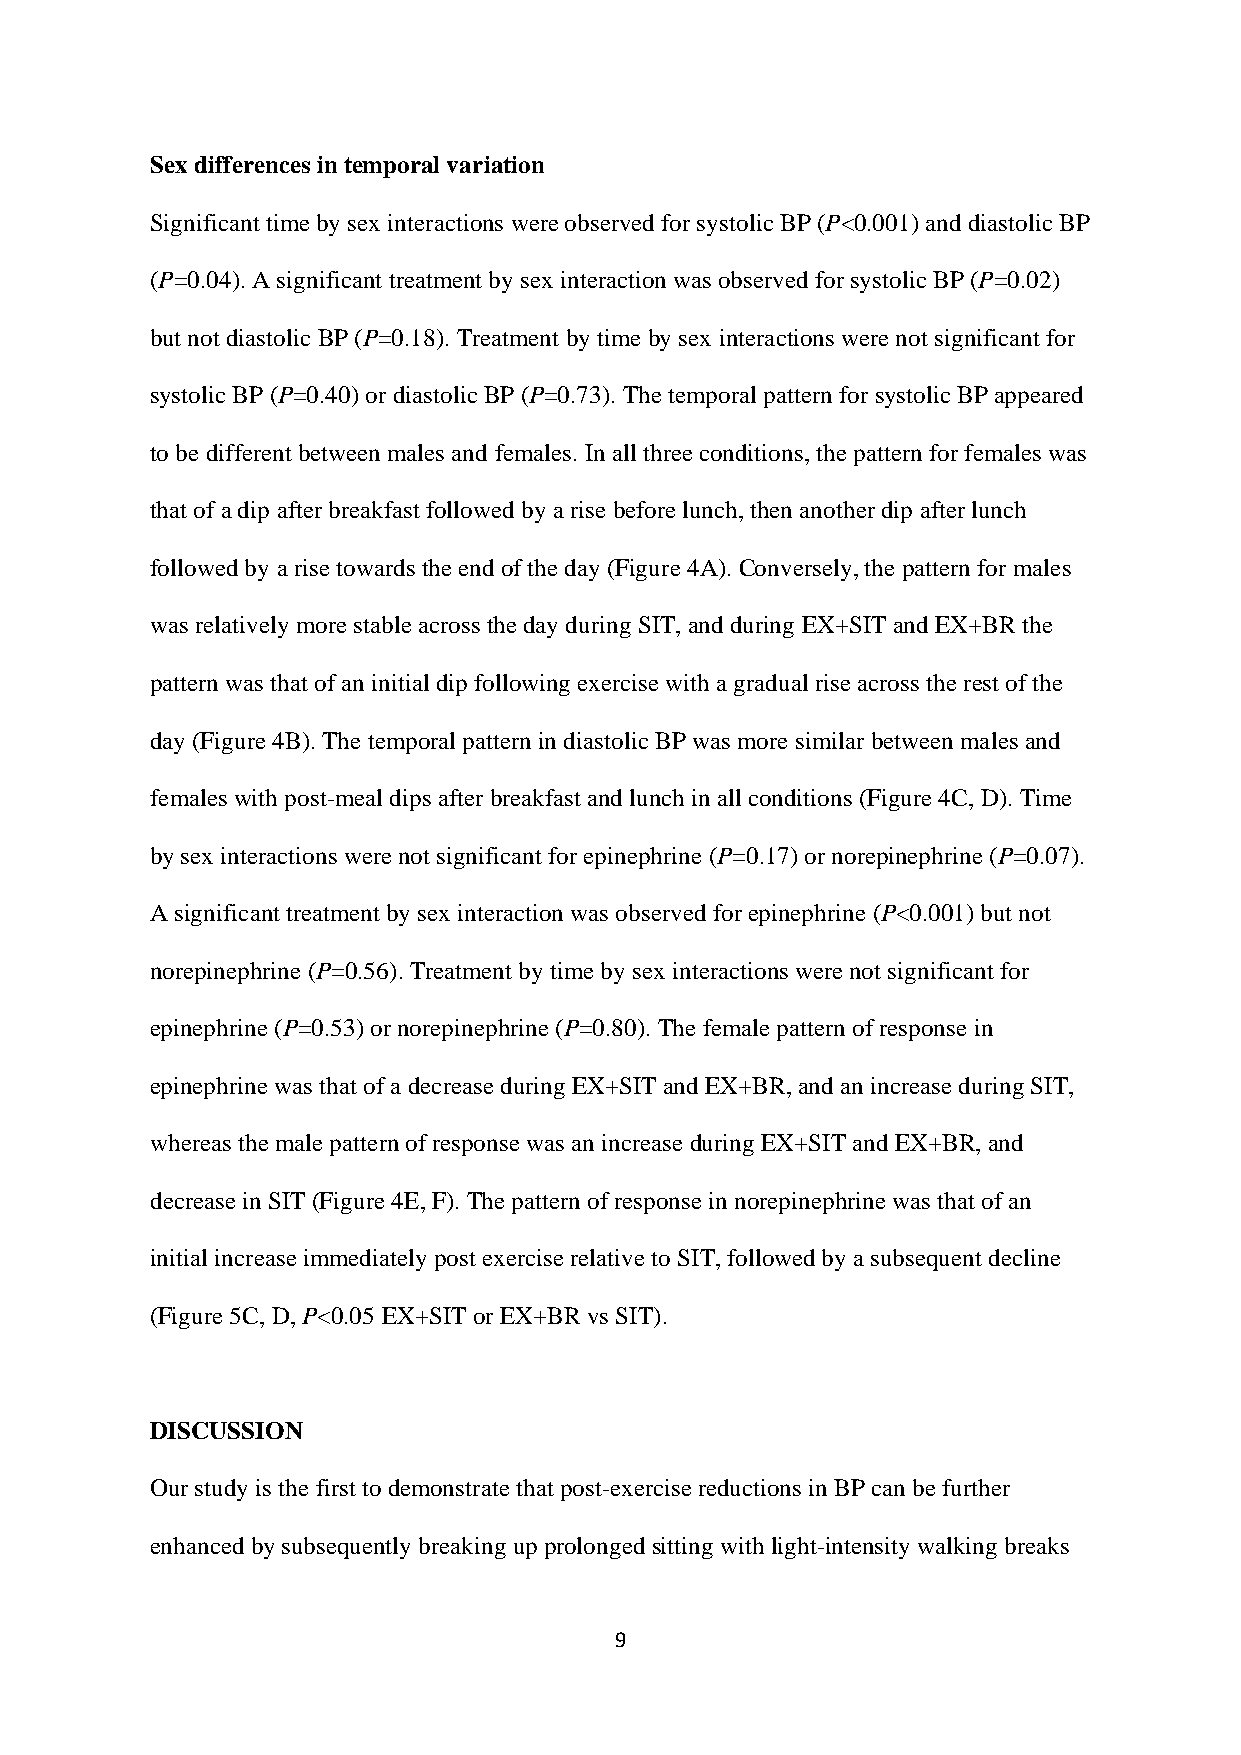
Sex differences in temporal variation
 Significant time by sex interactions were observed for systolic BP (P<0.001) and diastolic BP
 (P=0.04). A significant treatment by sex interaction was observed for systolic BP (P=0.02)
 but not diastolic BP (P=0.18). Treatment by time by sex interactions were not significant for
 systolic BP (P=0.40) or diastolic BP (P=0.73). The temporal pattern for systolic BP appeared
 to be different between males and females. In all three conditions, the pattern for females was
 that of a dip after breakfast followed by a rise before lunch, then another dip after lunch
 followed by a rise towards the end of the day (Figure 4A). Conversely, the pattern for males
 was relatively more stable across the day during SIT, and during EX+SIT and EX+BR the
 pattern was that of an initial dip following exercise with a gradual rise across the rest of the
 day (Figure 4B). The temporal pattern in diastolic BP was more similar between males and
 females with post-meal dips after breakfast and lunch in all conditions (Figure 4C, D). Time
 by sex interactions were not significant for epinephrine (P=0.17) or norepinephrine (P=0.07).
 A significant treatment by sex interaction was observed for epinephrine (P<0.001) but not
 norepinephrine (P=0.56). Treatment by time by sex interactions were not significant for
 epinephrine (P=0.53) or norepinephrine (P=0.80). The female pattern of response in
 epinephrine was that of a decrease during EX+SIT and EX+BR, and an increase during SIT,
 whereas the male pattern of response was an increase during EX+SIT and EX+BR, and
 decrease in SIT (Figure 4E, F). The pattern of response in norepinephrine was that of an
 initial increase immediately post exercise relative to SIT, followed by a subsequent decline
 (Figure 5C, D, P<0.05 EX+SIT or EX+BR vs SIT).
 DISCUSSION
 Our study is the first to demonstrate that post-exercise reductions in BP can be further
 enhanced by subsequently breaking up prolonged sitting with light-intensity walking breaks
 9